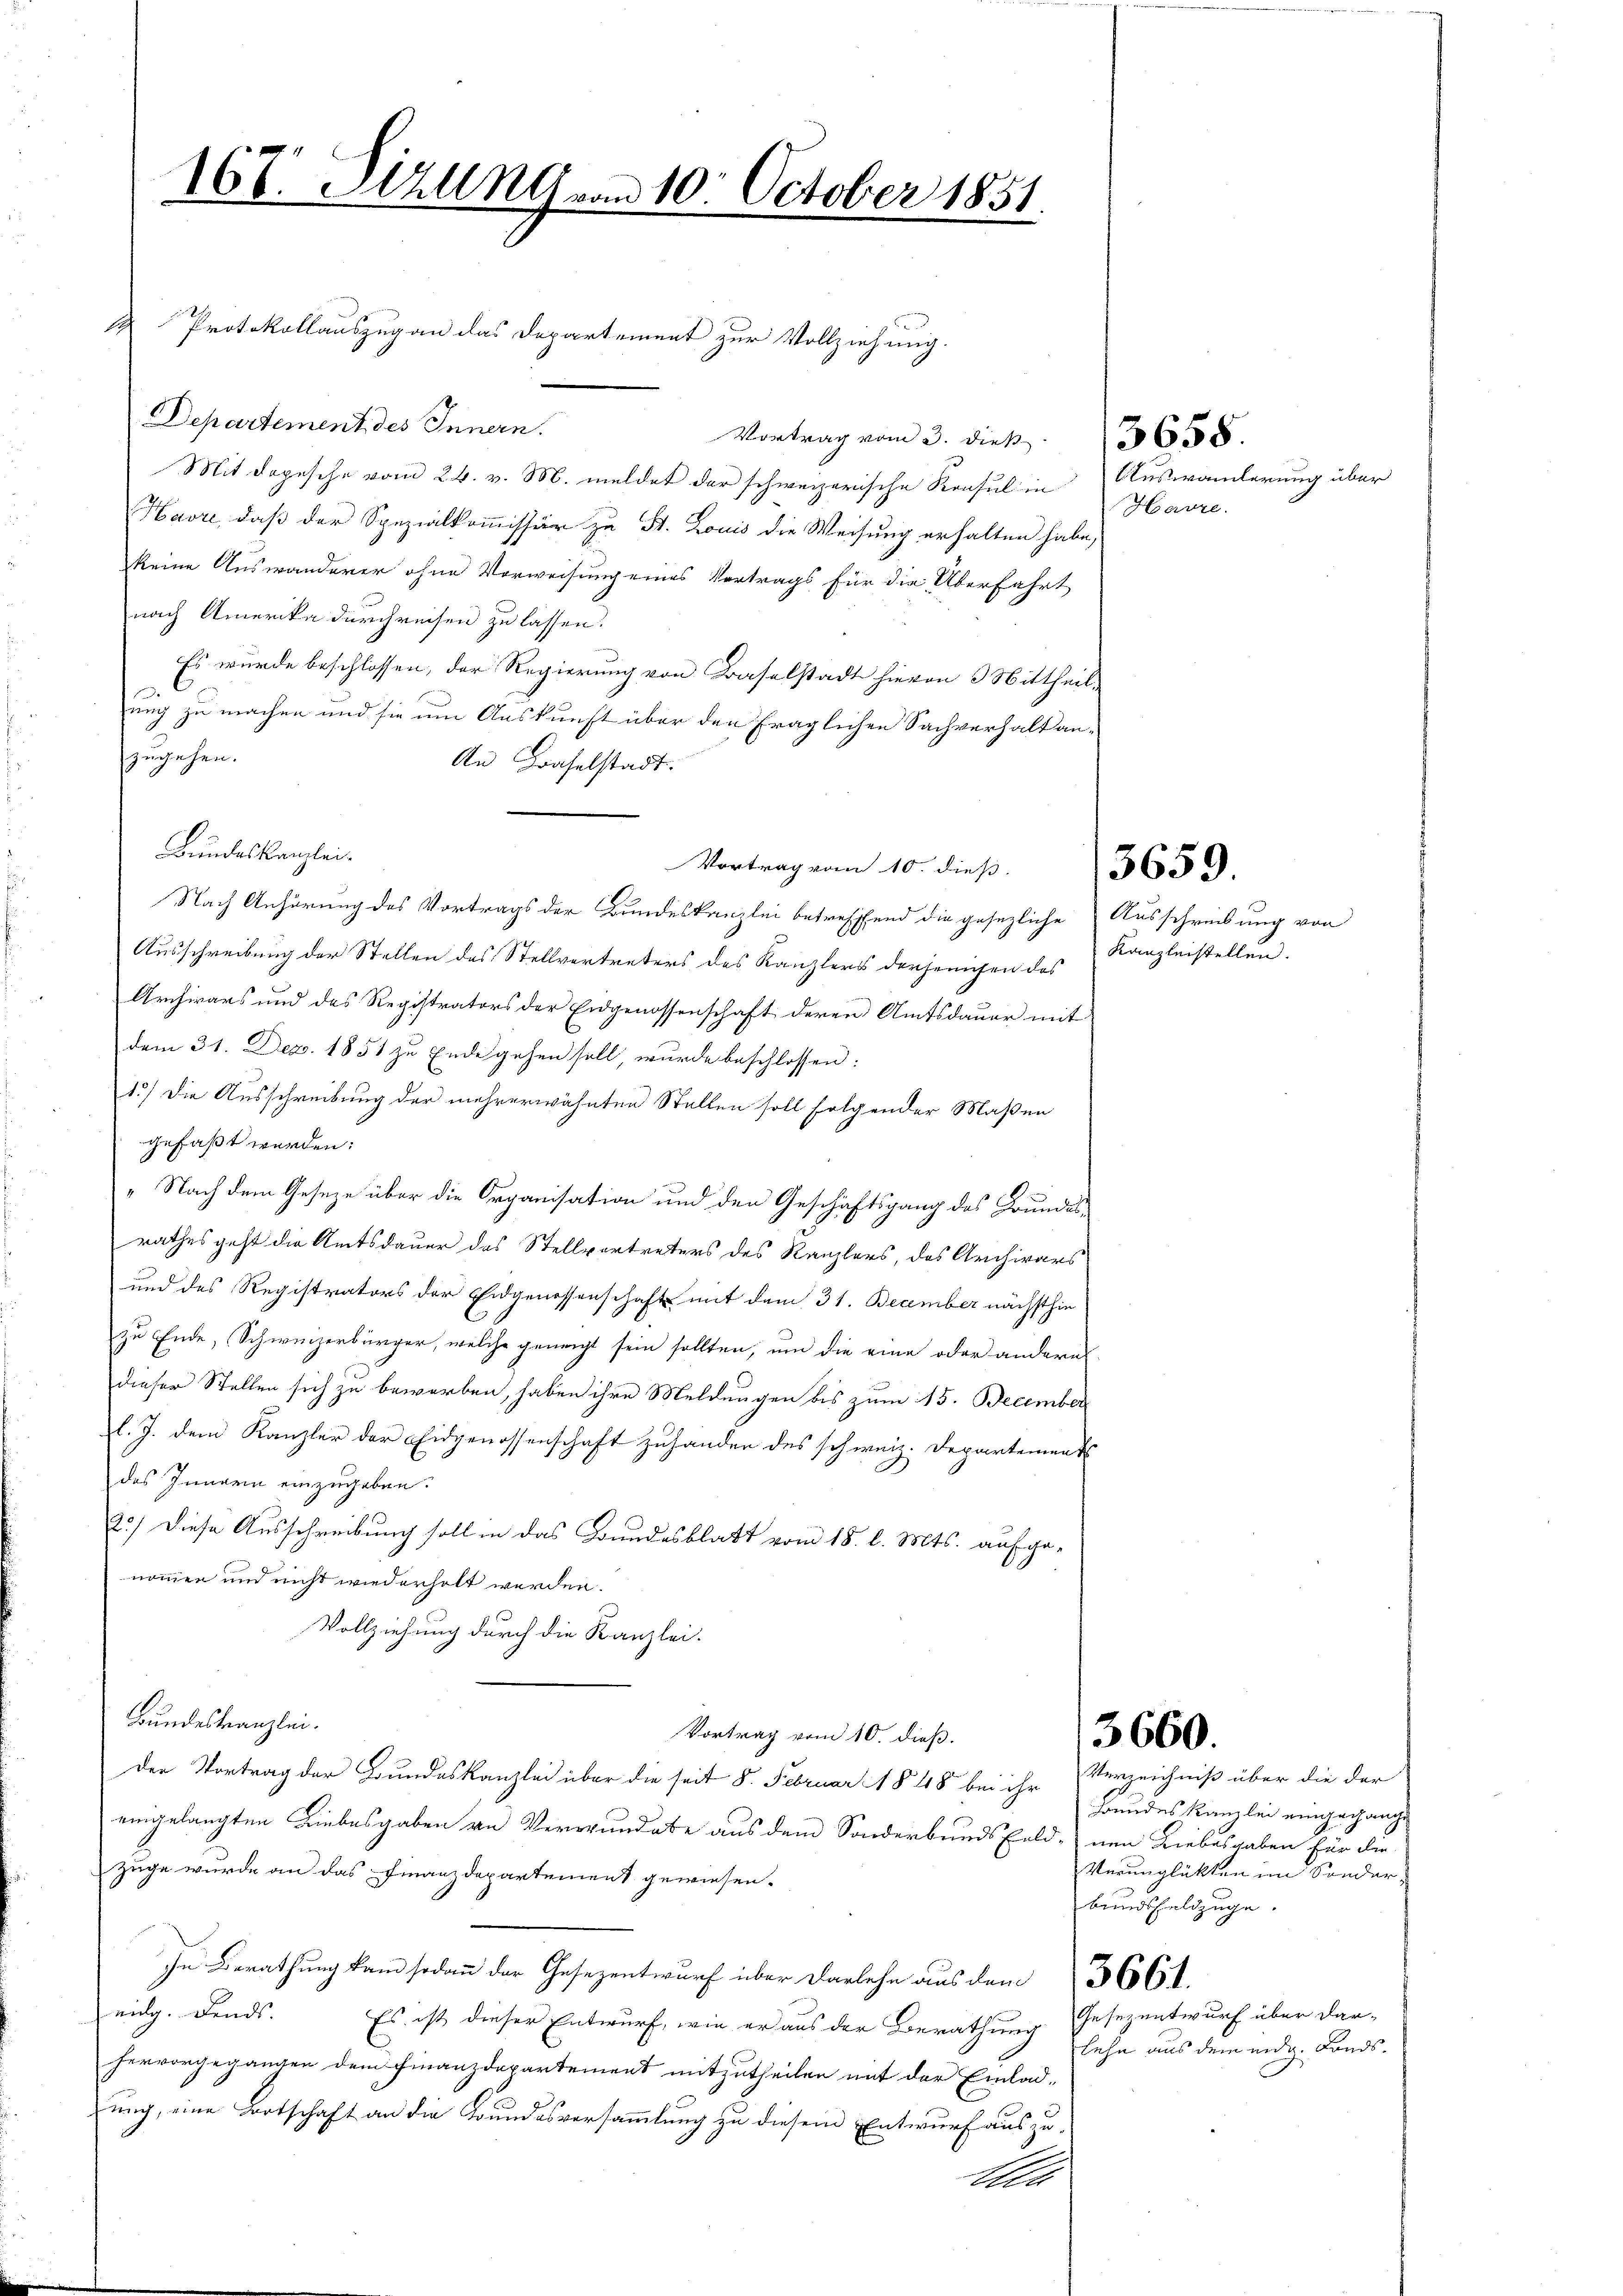
167. Dizung vom 10. October 1851

Protokollauszug an das Departement zur Vollziehung.
Departement des Innern.
Vortrag vom 3. dieß. 368.
Mit dopesche vom 24. v. M. meldet der schweizerische Konsul in
Havre, daß der Spezialkommission zu St. Louis die Weisung erhalten habe,
keine Auswanderer ohne Vorweisung eines Vertrags für die Überfahrt
nach Amerika durchreisen zu lassen.
Es wurde beschlossen, der Regierung von Baselstadt hievon 3 Mittheil
ung zu machen und sie um Auskunft über den fraglichen Sachverhalt anfzugehen.
An Baselstadt.
Bundeskanzlei.
Vortrag vom 10. dieß.
Nach Anhörung des Vortrags der Bundeskanzlei betreffend die gesezliche Ausschreibung von
Ausschreibung der Stellen des Stellvertreters des Kanzlers derjenigen das
Archivars und des Registrators der Eidgenossenschaft deren Amtsdauer mit
dem 31. Dez. 1851 zu Ende gehen soll, wurde beschlossen:
1.) Die Ausschreibung der mehrerwähnten Stellen soll folgender Maßen
gefaßt werden:
„ Nach dem Geseze über die Organisation und den Geschäftsgang des Grundes-
rathes geht die Amtsdauer des Stellvertreters des Kanzlers, das Archivars
und des Registrators der Eidgenossenschaft mit dem 31. December nächsthie
zu Ende, Schweizerbürger, welche geneigt sein sollten, um die eine oder andern
dieser Stellen sich zu bewerben, haben ihre Meldungen bis zum 15. December
l. J. dem Kanzler der Eidgenossenschaft zuhanden des schweiz. Departement
des Innern einzugeben.
2.) Diese Ausschreibung soll in das Bundesblatt vom 18. l. Mts. aufgenommen und nicht wiederholt werden.
Vollziehung durch die Kanzlei.
Bundeskanzlei.
Vortrag vom 10. dieß.
Der Vortrag der Bundeskanzlei über die seit 8. Februar 1848 bei ihr Verzeichniß über die der
eingelangten Liebesgaben an Verwundete aus dem Sonderbunds Feld, nen Liebesgaben für die
züge wurde an das Finanzdepartement gewiesen.
In Berathung kam sodann der Gesezentwurf über Darlehn aus dem 3661.
eidg. Fends. Es ist dieser Entwurf, wie er aus der Berathung Gesezentwurf über dar-
hervorgegangen dem Finanzdepartement mitzutheilen mit der Einlad-
ung, eine Botschaft an die Bundesversammlung zu diesem Entwurf auszu-
A

Auswanderung über
Havre.

5659.

Kanzleistellen.

3660.

Bundeskanzlei eingegange
Verunglükten im Sonder-
bundsfeldzuge.
lehn aus dem eidg. Fonds.